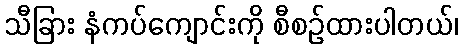
သီခြား နံကပ်ကျောင်းကို စီစဉ်ထားပါတယ်၊